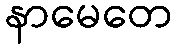
နာမေတေ